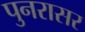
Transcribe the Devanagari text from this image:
पुनरासर